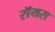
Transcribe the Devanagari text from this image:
राॅयस